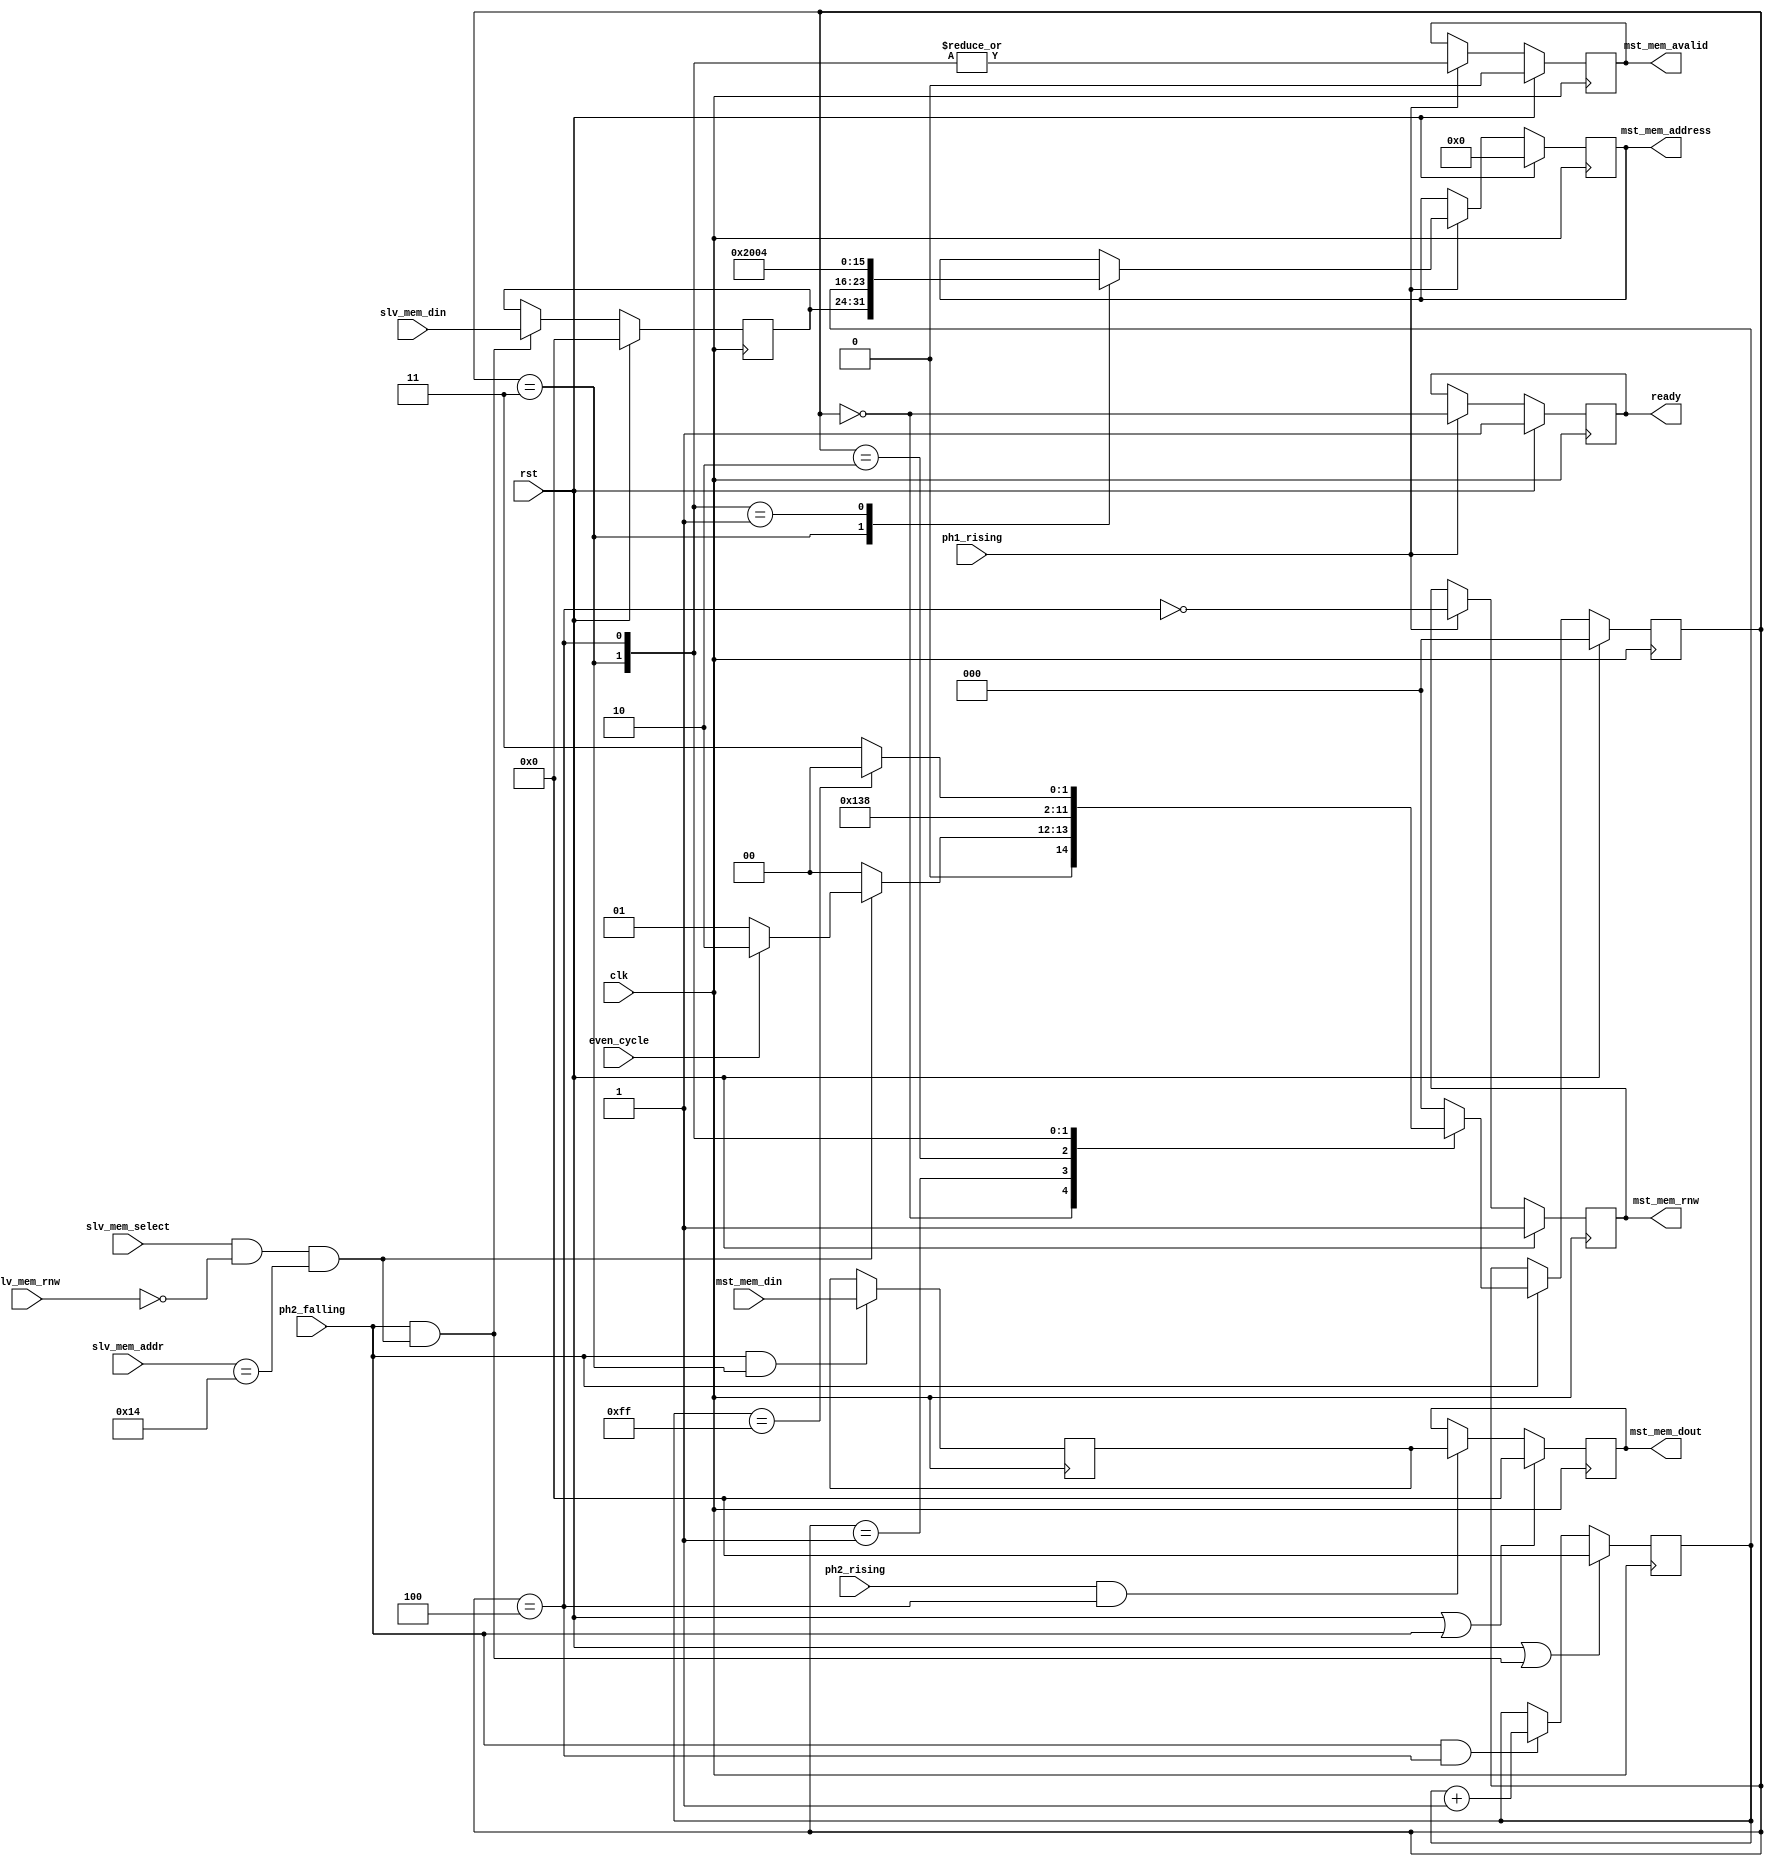
`timescale 1ns / 1ps
//////////////////////////////////////////////////////////////////////////////////
// Company: 
// Engineer: 
// 
// Design Name: 
// Module Name:    sprite_dma 
// Project Name: 
// Target Devices: 
// Tool versions: 
// Description: 
//
// Dependencies: 
//
// Revision: 
// Revision 0.01 - File Created
// Additional Comments: 
//
//////////////////////////////////////////////////////////////////////////////////
module sprite_dma(
    input wire        clk,
    input wire        rst,
    input wire        ph1_rising,
    input wire        ph2_rising,
    input wire        ph2_falling,

    // control signal
    input wire        even_cycle, // even cpu clock cycles

    // out control signals
    // used for block cpu until dma cycles
    output reg        ready,      // when low the cpu stops at read cycles

    // Slave bus interface (cpu adress space, write only)
    // Using for the time when cpu activates oam and dmc dma
    input wire        slv_mem_select, 
    input wire        slv_mem_rnw,    
    input wire [4:0]  slv_mem_addr,   
    input wire [7:0]  slv_mem_din,    

    // Master bus interface
    // CPU bus interface overtaken when DMA is active
    output reg        mst_mem_rnw,    
    output reg [15:0] mst_mem_address,
    output reg        mst_mem_avalid,
    output reg  [7:0] mst_mem_dout,
    input  wire [7:0] mst_mem_din
    );
//*****************************************************************************
//* 0x14 and oam dma select -> addr decode                         			  *
//*****************************************************************************
wire ppu_dma_reg_wr = slv_mem_select & ~slv_mem_rnw & (slv_mem_addr == 5'b10100);

//*****************************************************************************
//* PPU OAM DMA address cntr	                                   			  *
//*****************************************************************************
reg [7:0] oam_dma_addr_lsb; // least significant byte (lower 8 bit)
reg [7:0] oam_dma_addr_msb; // most significant byte (higher 8 bit)
wire      oam_dma_addr_ld = ph2_falling && ppu_dma_reg_wr;
wire      oam_dma_addr_inc;
wire      last_oam_dma_cycle = (oam_dma_addr_lsb == 8'hFF);

always @(posedge clk) 
begin
    if (rst || oam_dma_addr_ld)
        oam_dma_addr_lsb <= 8'd0;
    else
        if (oam_dma_addr_inc)
            oam_dma_addr_lsb <= oam_dma_addr_lsb + 8'd1;    
end

always @(posedge clk) 
begin
    if (rst)
        oam_dma_addr_msb <= 8'd0;
    else
        if (oam_dma_addr_ld)
            oam_dma_addr_msb <= slv_mem_din;    
end

//*****************************************************************************
//* PPU OAM DMA input data register                               			  *
//*****************************************************************************
reg [7:0] oam_dma_din_reg;
wire      oam_dma_din_reg_ld;

always @(posedge clk) 
begin
    if (oam_dma_din_reg_ld)
        oam_dma_din_reg <= mst_mem_din;    
end

//*****************************************************************************
//* PPU OAM DMA controller FSM                                    			  *
//*****************************************************************************
localparam OAM_DMA_IDLE = 3'd0;
localparam OAM_DMA_WAIT1 = 3'd1;
localparam OAM_DMA_WAIT2 = 3'd2;
localparam OAM_DMA_READ = 3'd3;
localparam OAM_DMA_WRITE = 3'd4;

reg [2:0] oam_dma_state;

always @(posedge clk) 
begin
    if (rst)
        oam_dma_state <= OAM_DMA_IDLE;
    else
        if (ph2_falling)
            case (oam_dma_state)
                // in IDLE we wait for dma_reg 4014 to be written in this ready is high
                OAM_DMA_IDLE:   if (ppu_dma_reg_wr)
                                    if (even_cycle)
                                        oam_dma_state <= OAM_DMA_WAIT2;
                                    else
                                        oam_dma_state <= OAM_DMA_WAIT1;
                                else
                                    oam_dma_state <= OAM_DMA_IDLE;
                // if we were on non even cycle then we have to wait two
                OAM_DMA_WAIT1: oam_dma_state <= OAM_DMA_WAIT2;
                // if we were on an even cycle we need to wait one
                OAM_DMA_WAIT2: oam_dma_state <= OAM_DMA_READ;
                //Read and write cycles until we reach 256
                OAM_DMA_READ: oam_dma_state <= OAM_DMA_WRITE;

                OAM_DMA_WRITE:  if (last_oam_dma_cycle)
                                    oam_dma_state <= OAM_DMA_IDLE;
                                else
                                    oam_dma_state <= OAM_DMA_READ;

                default: oam_dma_state <= OAM_DMA_IDLE;
            endcase  
end

//OAM DMA address cntr increment signal
assign oam_dma_addr_inc = ph2_falling & (oam_dma_state == OAM_DMA_WRITE);

//OAM DMA input data register load signal
assign oam_dma_din_reg_ld = ph2_falling & (oam_dma_state == OAM_DMA_READ);

//*****************************************************************************
//* Generating ready signal for CPU                                			  *
//*****************************************************************************
always @(posedge clk) 
begin
    if (rst)
        ready <= 1'b1;
    else
        if (ph1_rising)
            ready <= (oam_dma_state == OAM_DMA_IDLE);   // idealy the dmc dma hardver have to be idle too to crate this signal 
                                                        //dmc_dma have to be in idle too   
end

//*****************************************************************************
//* Master bus interface signals for OAM DMA                                  *
//*****************************************************************************

//*****************************************************************************
//* Read/Write select signal of the master bus interface                      *
//*****************************************************************************
always @(posedge clk) 
begin
    if (rst)
        mst_mem_rnw <= 1'b1;
    else
        if (ph1_rising)
            mst_mem_rnw <= ~(oam_dma_state == OAM_DMA_WRITE);    
end

//*****************************************************************************
//* Driving the address bus of the master bus interface                       *
//*****************************************************************************
wire [1:0] address_sel;

assign address_sel[1] = (oam_dma_state == OAM_DMA_READ);
assign address_sel[0] = (oam_dma_state == OAM_DMA_WRITE);

always @(posedge clk) 
begin
    if (rst)
        mst_mem_address <= 16'd0;
    else
        if (ph1_rising)
            casex (address_sel)
                2'b1x: mst_mem_address <= {oam_dma_addr_msb, oam_dma_addr_lsb}; // read from the cpu_work_ram
                2'b01: mst_mem_address <= 16'h2004; // write into the PPU #2004
            endcase    
end

//*****************************************************************************
//* Address valid signal of the master bus interface                          *
//*****************************************************************************
always @(posedge clk) 
begin
    if (rst)
        mst_mem_avalid <= 1'b0;
    else
        if (ph1_rising)
            mst_mem_avalid <= |address_sel;    
end

//*****************************************************************************
//* Output data of the master bus interface                                   *
//*****************************************************************************
always @(posedge clk) 
begin
    if (rst || ph2_falling)
        mst_mem_dout <= 8'd0;
    else
        if (ph2_rising && (oam_dma_state == OAM_DMA_WRITE))
            mst_mem_dout <= oam_dma_din_reg;    
end

endmodule